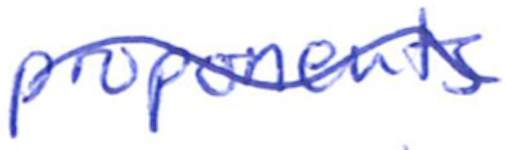
Text: proponents
Cross-out: wave
Writing tool: ballpoint